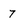
Character: 7